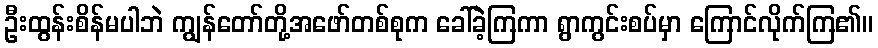
ဦးထွန်းစိန်မပါဘဲ ကျွန်တော်တို့အဖော်တစ်စုက ခေါ်ခဲ့ကြကာ ရွာကွင်းစပ်မှာ ကြောင်လိုက်ကြ၏။